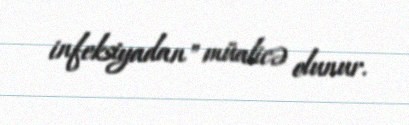
infeksiyadan" müalicə olunur.